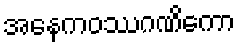
အနေကဝဿဂဏိကော